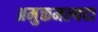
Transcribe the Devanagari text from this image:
अमुक्तमल्यदा